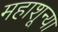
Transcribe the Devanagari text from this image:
महाशून्या